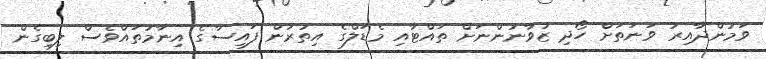
ވަމުންދާއިރު ވަނަތަށް ހޯދި ޒުވާނުންނަށް ތައްޓާއި މެޑަލްގެ އިތުރުން ފައިސާގެ އިނާމުތައްވެސް ލިބިގެން